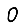
Digit: 0